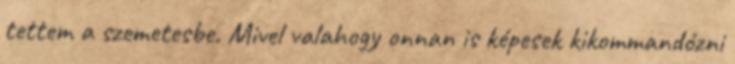
tettem a szemetesbe. Mivel valahogy onnan is képesek kikommandózni